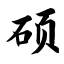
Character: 硕